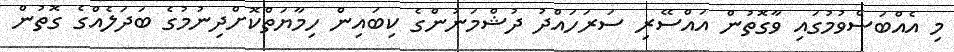
މި އެއްބަސްވުމުގައި ވާގޮތުން އައްސޭރި ސަރަހައްދު ދުޝްމަނުންގެ ކިބައިން ހިމާޔަތްކޮށްދިނުމުގެ ބަދަލެއްގެ ގޮތުން